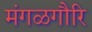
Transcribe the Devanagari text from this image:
मंगळगौरि